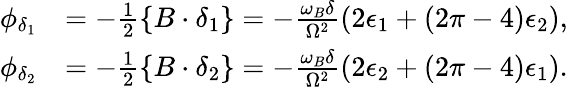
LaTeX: \begin{array}{rl}{\phi_{\delta_{1}}}&{=-\frac{1}{2}\{ B\cdot\delta_{1}\} =-\frac{\omega_{B}\delta}{\Omega^{2}}\left(2\epsilon_{1}+(2\pi-4)\epsilon_{2}\right),}\\ {\phi_{\delta_{2}}}&{=-\frac{1}{2}\{ B\cdot\delta_{2}\} =-\frac{\omega_{B}\delta}{\Omega^{2}}\left(2\epsilon_{2}+(2\pi-4)\epsilon_{1}\right).}\end{array}